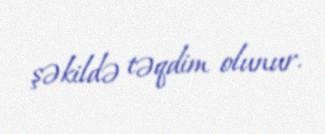
şəkildə təqdim olunur.